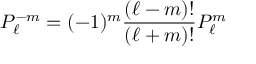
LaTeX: P _ { \ell } ^ { - m } = ( - 1 ) ^ { m } { \frac { ( \ell - m ) ! } { ( \ell + m ) ! } } P _ { \ell } ^ { m }